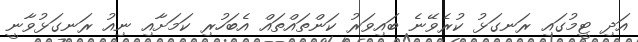
އަދި ޓީމުގައި ރަނގަޅު ކުރެވޭނެ ބައިވަރު ކަންތައްތައް އެބަހުރި ކަމަށާއި ނިއު ރަނގަޅުވާނީ